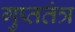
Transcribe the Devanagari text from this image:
गुप्ततंत्र